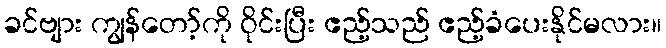
ခင်ဗျား ကျွန်တော့်ကို ဝိုင်းပြီး ဧည့်သည် ဧည့်ခံပေးနိုင်မလား။